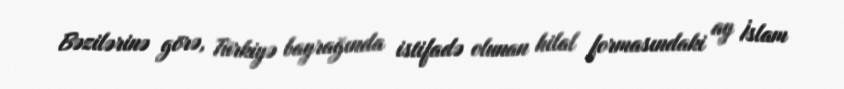
Bəzilərinə görə, Türkiyə bayrağında istifadə olunan hilal formasındaki ay İslam